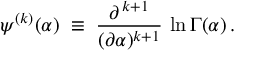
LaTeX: \psi ^ { ( k ) } ( \alpha ) \; \equiv \; \frac { \partial ^ { \, k + 1 } } { ( \partial \alpha ) ^ { k + 1 } } \, \ln \Gamma ( \alpha ) \, .